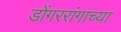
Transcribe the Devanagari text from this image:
डोंगररांगाच्या